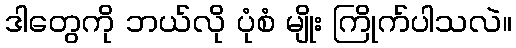
ဒါတွေကို ဘယ်လို ပုံစံ မျိုး ကြိုက်ပါသလဲ။